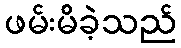
ဖမ်းမိခဲ့သည်